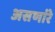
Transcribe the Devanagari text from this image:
असणांरे